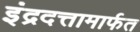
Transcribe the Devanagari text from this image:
इंद्रदत्तामार्फत